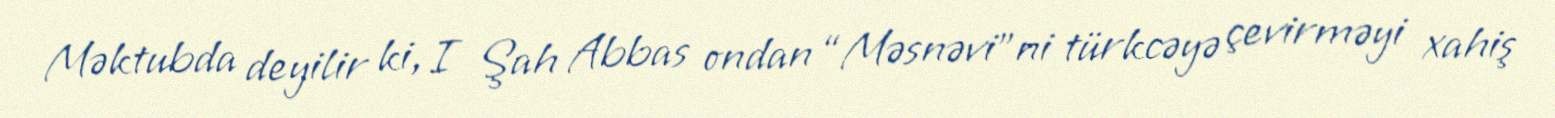
Məktubda deyilir ki, I Şah Abbas ondan “Məsnəvi”ni türkcəyə çevirməyi xahiş